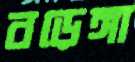
বড়েঙ্গা